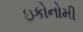
ઇકોનોમી